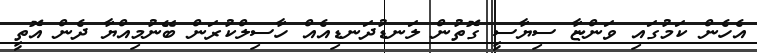
އެހެން ކަމުގައި ވަންޏާ ސިޔާސީ ގޮތުން ލަނޑުދަނޑިއެއް ހާސިލްކުރަން ބޭނުމިއްޔާ ދެން އޮތީ